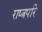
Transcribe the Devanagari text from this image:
राष्त्रपरि